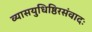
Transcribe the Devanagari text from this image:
व्यासयुधिष्ठिरसंवादः